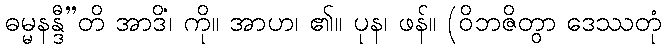
ဓမ္မနန္ဒီ”တိ အာဒိံ၊ ကို။ အာဟ၊ ၏။ ပုန၊ ဖန်။ (ဝိဘဇိတွာ ဒေဿတုံ